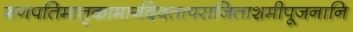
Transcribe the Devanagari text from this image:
गणपतिमातृकामार्गदेवतापराजिताशमीपूजनानि